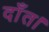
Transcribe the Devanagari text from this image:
दाँत।